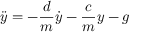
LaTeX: { \ddot { y } } = - { \frac { d } { m } } { \dot { y } } - { \frac { c } { m } } y - g